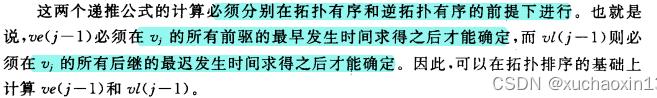
这两个递推公式的计算必须分别在拓扑有序和逆拓扑有序的前提下进行。也就是说，$ve(j - 1)$必须在$v_j$的所有前驱的最早发生时间求得之后才能确定，而$vl(j - 1)$则必须在$v_j$的所有后继的最迟发生时间求得之后才能确定。因此，可以在拓扑排序的基础上计算$ve(j - 1)$和$vl(j - 1)$。